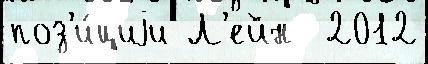
поз'и́циjи Л'ейн  2012